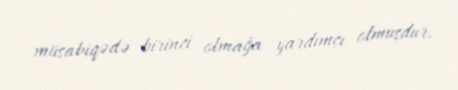
müsabiqədə birinci olmağa yardımçı olmuşdur.